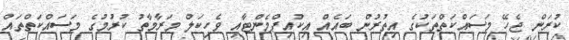
ކުރަން ޖެހޭ މަސައްކަތްތަކުގެ އިތުރުން ބައެއް އިކުއިޕްމެންޓާއި ވެހިކަލް މަރާމާތު ކުރުމުގެ މަސައްކަތްތައް